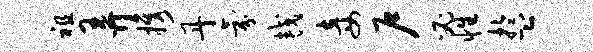
祖弄携丹氛较妾户必性盂